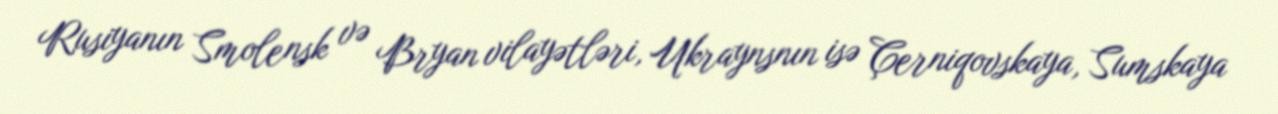
Rusiyanın Smolensk və Bryan vilayətləri, Ukraynsnın isə Çerniqovskaya, Sumskaya